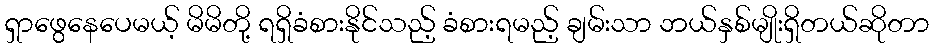
ရှာဖွေနေပေမယ့် မိမိတို့ ရရှိခံစားနိုင်သည့် ခံစားရမည့် ချမ်းသာ ဘယ်နှစ်မျိုးရှိတယ်ဆိုတာ